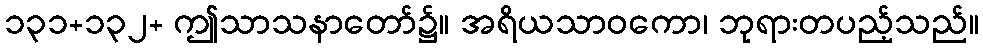
၁၃၁+၁၃၂+ ဤသာသနာတော်၌။ အရိယသာဝကော၊ ဘုရားတပည့်သည်။